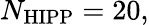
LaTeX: N_{\mathrm{HIPP}}=20,